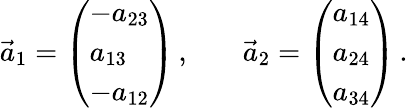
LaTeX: \begin{array}{rlr}{\vec{a}_{1}=\left(\begin{array}{l}{-a_{23}}\\ {a_{13}}\\ {-a_{12}}\end{array}\right)\, ,}&{{}}&{\vec{a}_{2}=\left(\begin{array}{l}{a_{14}}\\ {a_{24}}\\ {a_{34}}\end{array}\right)\, .}\end{array}